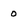
Character: 0